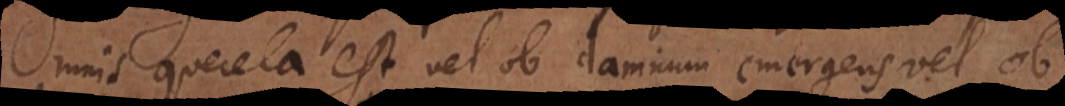
Omnis querela est vel ob damnum emergens vel ob